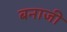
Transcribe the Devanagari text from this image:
बनाजी